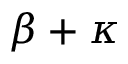
\beta + \kappa